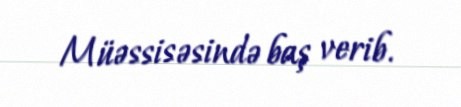
Müəssisəsində baş verib.